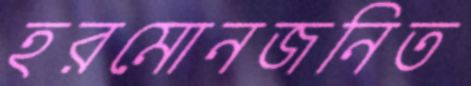
হরমোনজনিত